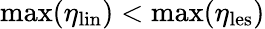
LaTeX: \mathrm{max}(\eta_{\mathrm{lin}})<\mathrm{max}(\eta_{\mathrm{les}})